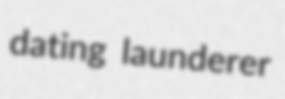
dating launderer